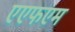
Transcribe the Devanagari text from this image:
एएफएम